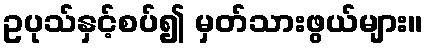
ဥပုသ်နှင့်စပ်၍ မှတ်သားဖွယ်များ။